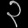
Digit: ၃